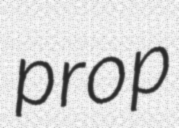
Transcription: prop